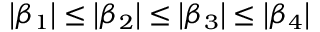
\left| \beta _ { 1 } \right| \leq \left| \beta _ { 2 } \right| \leq \left| \beta _ { 3 } \right| \leq \left| \beta _ { 4 } \right|